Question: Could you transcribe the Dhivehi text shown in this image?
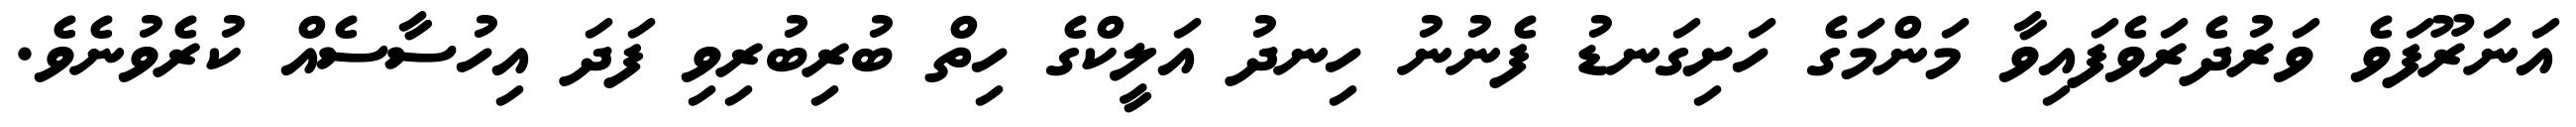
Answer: އަނަރޫފަވެ ވަރުދެރަވެފައިވާ މަންމަގެ ހަށިގަނޑު ފެނުނު ހިނދު އަލީކްގެ ހިތް ބުރިބުރިވި ފަދަ އިހުސާސެއް ކުރެވުނެވެ.